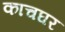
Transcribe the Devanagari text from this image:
काचघर